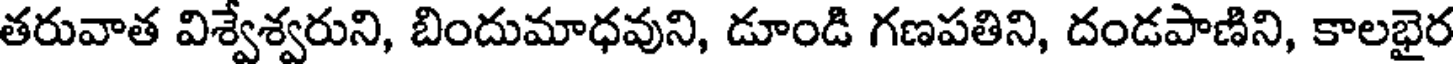
తరువాత విశ్వేశ్వరుని, బిందుమాధవుని, డూండి గణపతిని, దండపాణిని, కాలభైర